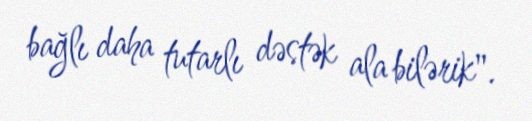
bağlı daha tutarlı dəstək ala bilərik".